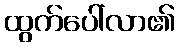
ထွက်ပေါ်လာ၏